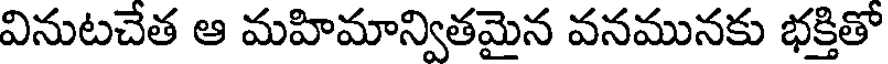
వినుటచేత ఆ మహిమాన్వితమైన వనమునకు భక్తితో